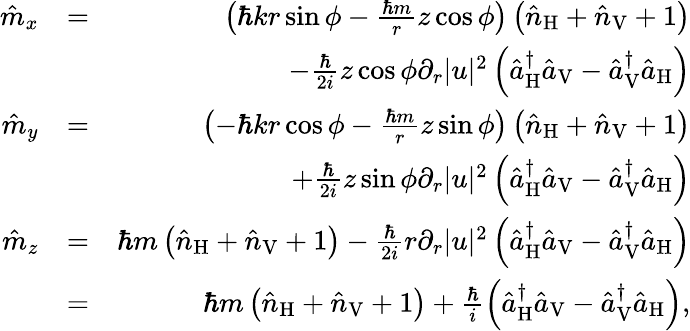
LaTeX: \begin{array}{rlr}{\hat{m}_{x}}&{=}&{\left(\hbar kr\sin\phi-\frac{\hbar m}{r}z\cos\phi\right)\left(\hat{n}_{\mathrm{H}}+\hat{n}_{\mathrm{V}}+1\right)}\\ &{}&{-\frac{\hbar}{2i}z\cos\phi\partial_{r}|u|^{2}\left(\hat{a}_{\mathrm{H}}^{\dagger}\hat{a}_{\mathrm{V}}-\hat{a}_{\mathrm{V}}^{\dagger}\hat{a}_{\mathrm{H}}\right)}\\ {\hat{m}_{y}}&{=}&{\left(-\hbar kr\cos\phi-\frac{\hbar m}{r}z\sin\phi\right)\left(\hat{n}_{\mathrm{H}}+\hat{n}_{\mathrm{V}}+1\right)}\\ &{}&{+\frac{\hbar}{2i}z\sin\phi\partial_{r}|u|^{2}\left(\hat{a}_{\mathrm{H}}^{\dagger}\hat{a}_{\mathrm{V}}-\hat{a}_{\mathrm{V}}^{\dagger}\hat{a}_{\mathrm{H}}\right)}\\ {\hat{m}_{z}}&{=}&{\hbar m\left(\hat{n}_{\mathrm{H}}+\hat{n}_{\mathrm{V}}+1\right)-\frac{\hbar}{2i}r\partial_{r}|u|^{2}\left(\hat{a}_{\mathrm{H}}^{\dagger}\hat{a}_{\mathrm{V}}-\hat{a}_{\mathrm{V}}^{\dagger}\hat{a}_{\mathrm{H}}\right)}\\ &{=}&{\hbar m\left(\hat{n}_{\mathrm{H}}+\hat{n}_{\mathrm{V}}+1\right)+\frac{\hbar}{i}\left(\hat{a}_{\mathrm{H}}^{\dagger}\hat{a}_{\mathrm{V}}-\hat{a}_{\mathrm{V}}^{\dagger}\hat{a}_{\mathrm{H}}\right),}\end{array}